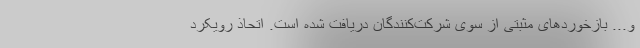
و... بازخوردهای مثبتی از سوی شرکت‌کنندگان دریافت شده است. اتحاذ رویکرد